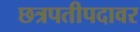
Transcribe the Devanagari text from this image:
छत्रपतीपदावर